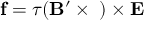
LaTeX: { \bf f } = \tau ( { \bf B } ^ { \prime } \times { \bf \mu } ) \times { \bf E }